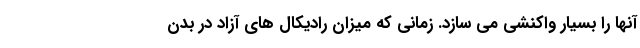
آنها را بسیار واکنشی می سازد. زمانی که میزان رادیکال های آزاد در بدن